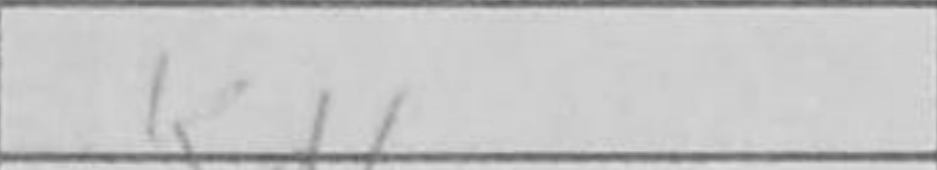
Transcription: Rxa3